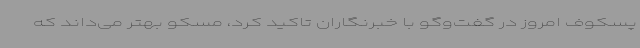
پسکوف امروز در گفت‌وگو با خبرنگاران تاکید کرد، مسکو بهتر می‌داند که